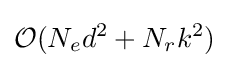
{\mathcal {O}}(N_{e}d^{2}+N_{r}k^{2})